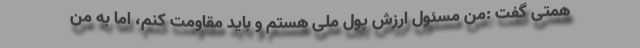
همتی گفت :من مسئول ارزش پول ملی هستم و باید مقاومت کنم، اما به من